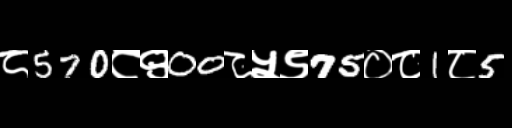
Text: ८570८९00८५९75०८1८5